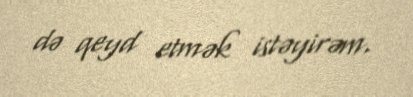
də qeyd etmək istəyirəm.